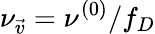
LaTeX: \nu_{\vec{v}}=\nu^{(0)}/f_{D}